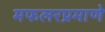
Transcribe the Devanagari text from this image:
मफलरप्रमाणे